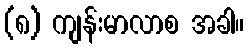
(၈) ကျန်းမာလာစ အခါ။